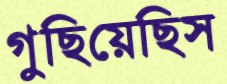
গুছিয়েছিস